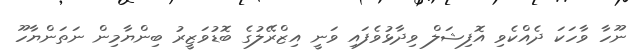
ނޫހާ ވާހަކަ ދެއްކެވި އޮފިޝަލް ވިދާޅުވެފައި ވަނީ އިޒްރޭލުގެ ބޮޑުވަޒީރު ބިންޔާމިން ނަތަންޔާހޫ